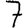
Digit: 7